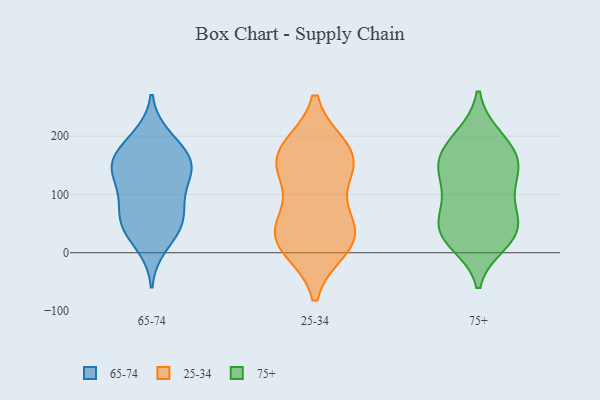
{"axis": {"x": "Net Income (USD K)", "y": "Value"}, "legend": ["25-34", "65-74", "75+"], "data": [{"x": "", "y": 191, "type": "65-74"}, {"x": "", "y": 152, "type": "65-74"}, {"x": "", "y": 42, "type": "65-74"}, {"x": "", "y": 48, "type": "65-74"}, {"x": "", "y": 158, "type": "65-74"}, {"x": "", "y": 138, "type": "65-74"}, {"x": "", "y": 160, "type": "65-74"}, {"x": "", "y": 142, "type": "65-74"}, {"x": "", "y": 200, "type": "65-74"}, {"x": "", "y": 51, "type": "65-74"}, {"x": "", "y": 11, "type": "65-74"}, {"x": "", "y": 83, "type": "65-74"}, {"x": "", "y": 154, "type": "65-74"}, {"x": "", "y": 107, "type": "65-74"}, {"x": "", "y": 98, "type": "65-74"}, {"x": "", "y": 55, "type": "65-74"}, {"x": "", "y": 127, "type": "25-34"}, {"x": "", "y": 18, "type": "25-34"}, {"x": "", "y": 170, "type": "25-34"}, {"x": "", "y": 42, "type": "25-34"}, {"x": "", "y": 37, "type": "25-34"}, {"x": "", "y": 11, "type": "25-34"}, {"x": "", "y": 41, "type": "25-34"}, {"x": "", "y": 155, "type": "25-34"}, {"x": "", "y": 161, "type": "25-34"}, {"x": "", "y": 177, "type": "25-34"}, {"x": "", "y": 34, "type": "75+"}, {"x": "", "y": 199, "type": "75+"}, {"x": "", "y": 88, "type": "75+"}, {"x": "", "y": 114, "type": "75+"}, {"x": "", "y": 152, "type": "75+"}, {"x": "", "y": 33, "type": "75+"}, {"x": "", "y": 198, "type": "75+"}, {"x": "", "y": 51, "type": "75+"}, {"x": "", "y": 46, "type": "75+"}, {"x": "", "y": 27, "type": "75+"}, {"x": "", "y": 152, "type": "75+"}, {"x": "", "y": 17, "type": "75+"}, {"x": "", "y": 87, "type": "75+"}, {"x": "", "y": 168, "type": "75+"}, {"x": "", "y": 156, "type": "75+"}, {"x": "", "y": 141, "type": "75+"}]}